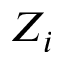
Z _ { i }